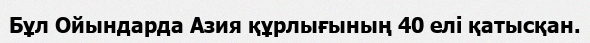
Бұл Ойындарда Азия құрлығының 40 елі қатысқан.